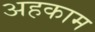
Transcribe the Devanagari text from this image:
अहकाम